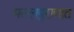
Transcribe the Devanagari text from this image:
मल्लपुराणात